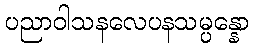
ပညာဝါသနလေပနသမ္ပန္နော